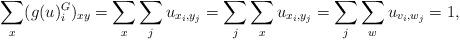
LaTeX: \begin{align*}\sum_x (g(u)^G_i)_{xy} = \sum_x \sum_j u_{x_i, y_j} = \sum_j \sum_x u_{x_i, y_j} = \sum_j \sum_w u_{v_i, w_j} = 1, \end{align*}